Vaccination Hyderabad 1890-1903 - 1890-1903
Year: 1890
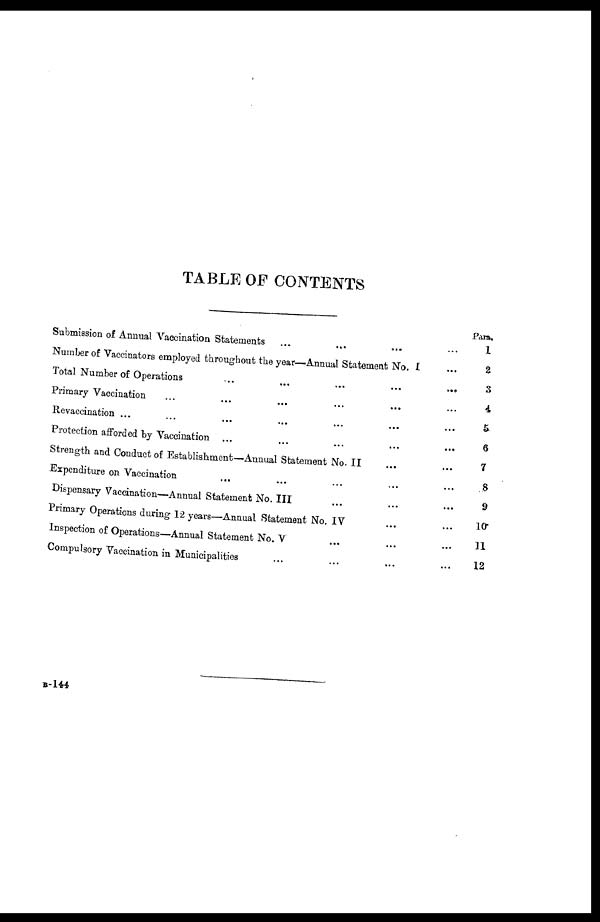
TABLE OF CONTENTS
Submission of Annual Vaccination Statements ... ... ... ...
Number of Vaccinators employed throughout the year—Annual Statement No. I ...
Total Number of Operations
...
...
...
...
...
Primary Vaccination ... ... ... ... ... ...
Revaccination ... ... ... ... ... ... ...
Protection afforded by Vaccination ... ... ... ... ...
Strength and Conduct of Establishment—Annual Statement No. II ... ...
Expenditure on Vaccination ... ... ... ... ...
Dispensary Vaccination—Annual Statement No. III ... ... ...
Primary Operations during 12 years—Annual Statement No. IV ... ...
Inspection of Operations—Annual Statement No. V ... ... ...
Compulsory Vaccination in Municipalities ... ... ... ...
Para.
1
2
3
4
5
6
7
8
9
10
11
12
B-144